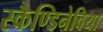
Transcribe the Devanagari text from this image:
स्कैण्डिनेविया